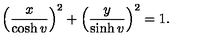
\left( \frac x { \cosh v } \right) ^ { 2 } + \left( \frac y { \sinh v } \right) ^ { 2 } = 1 .